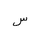
Letter: _sin